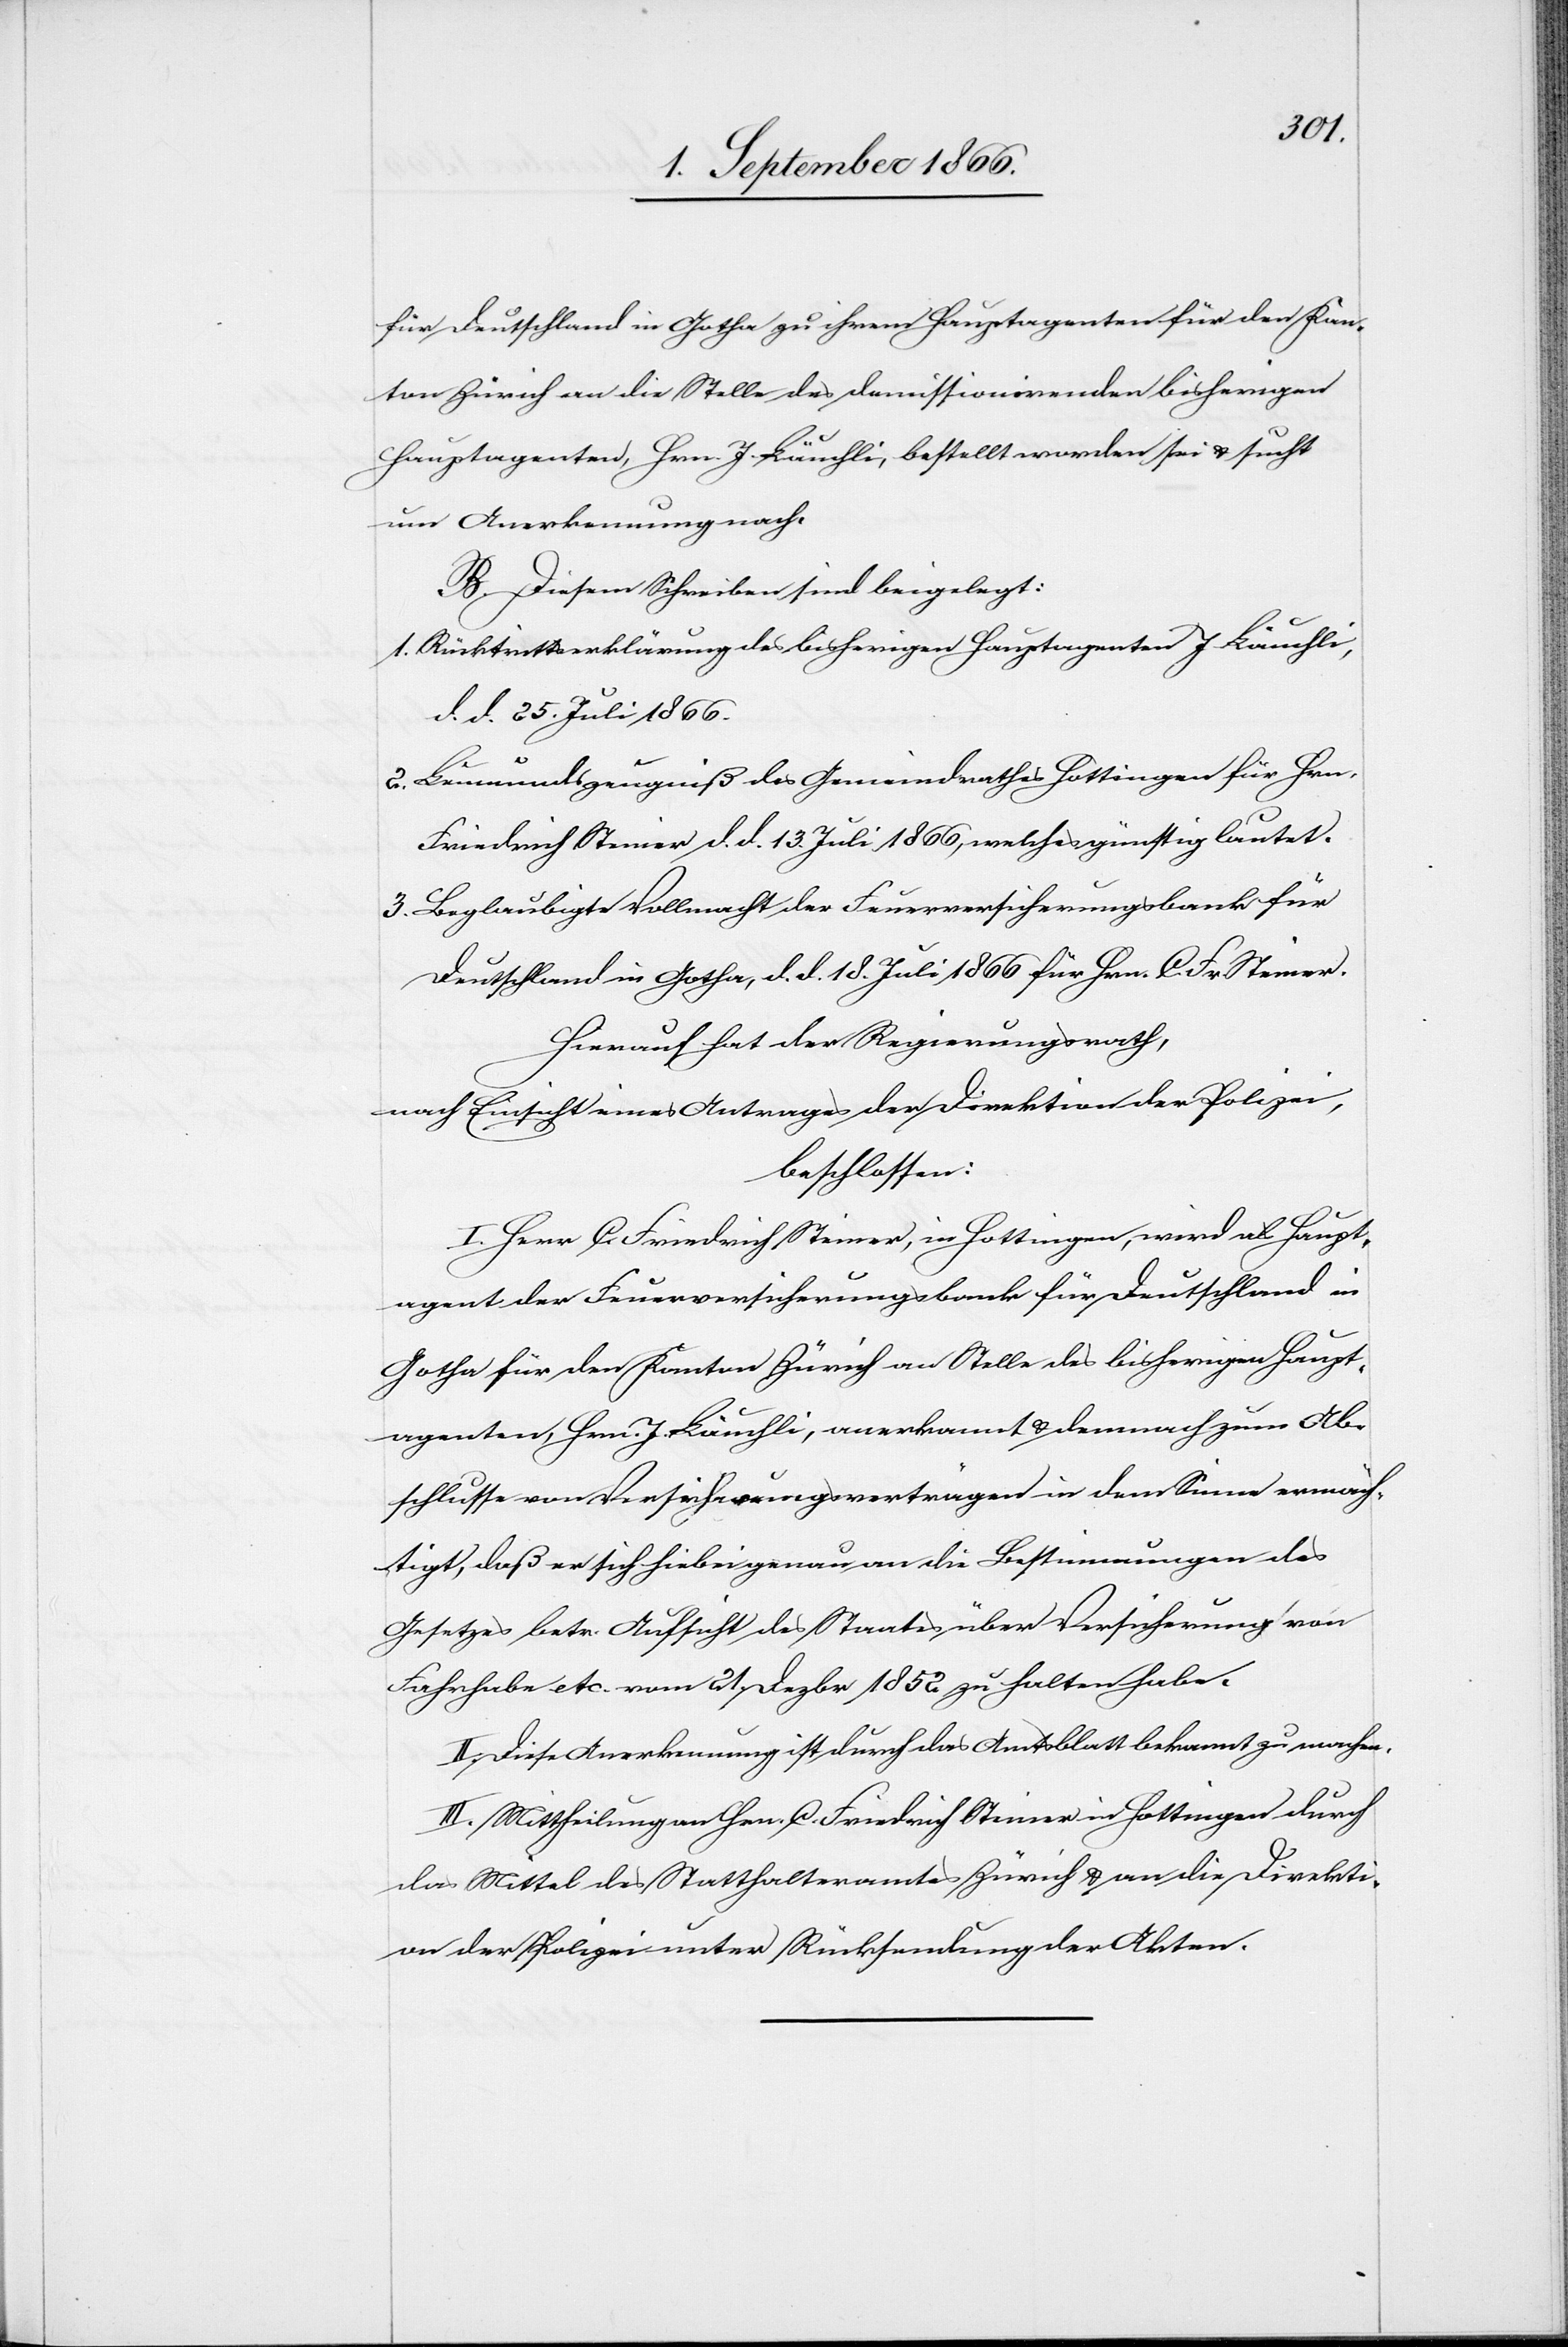
Kan¬
ton Zürich an die Stelle des demissionirenden bisherigen
Hauptagenten, Hrn. J. Läuchli, bestellt worden sei u. sucht
um Anerkennung nach.
B. Diesem Schreiben sind beigelegt:
1. Rücktrittserklärung des bisherigen Hauptagenten J. Läuchli,
d. d. 25. Juli 1866.
2. Leumundszeugniß des Gemeindrathes Hottingen für Hrn.
Friedrich Steiner d. d. 13. Juli 1866, welches günstig lautet.
3. Beglaubigte Vollmacht der Feuerversicherungsbank für
Deutschland in Gotha, d. d. 18. Juli 1866 für Hrn. C. Fr. Steiner.
Hierauf hat der Regierungsrath,
nach Einsicht eines Antrages der Direktion der Polizei,
beschlossen:
I. Herr C. Friedrich Steiner, in Hottingen, wird als Haupt¬
agent der Feuerversicherungsbank für Deutschland in
Gotha für den Kanton Zürich an Stelle des bisherigen Haupt¬
agenten, Hrn. J. Läuchli, anerkannt u. demnach zum Ab¬
schlusse von Versicherungsverträgen in dem Sinne ermäch¬
tigt, daß er sich hiebei genau an die Bestimmungen des
Gesetzes betr. Aufsicht des Staates über Versicherung von
Fahrhabe etc. vom 21. Dezbr 1852 zu halten habe.
II. Diese Anerkennung ist durch das Amtsblatt bekannt zu machen.
III. Mittheilung an Hrn. C. Friedrich Steiner in Hottingen durch
das Mittel des Statthalteramtes Zürich u. an die Direkti¬
on der Polizei unter Rücksendung der Akten.